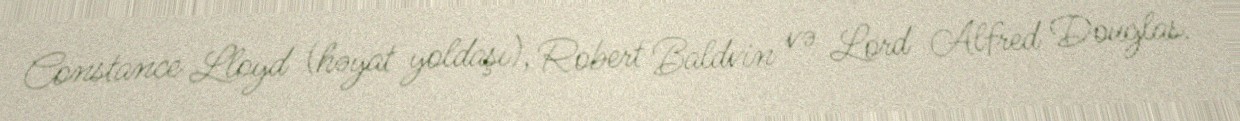
Constance Lloyd (həyat yoldaşı), Robert Baldvin və Lord Alfred Douglas.